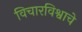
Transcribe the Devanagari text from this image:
विचारविश्वाचे